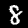
Label: 8